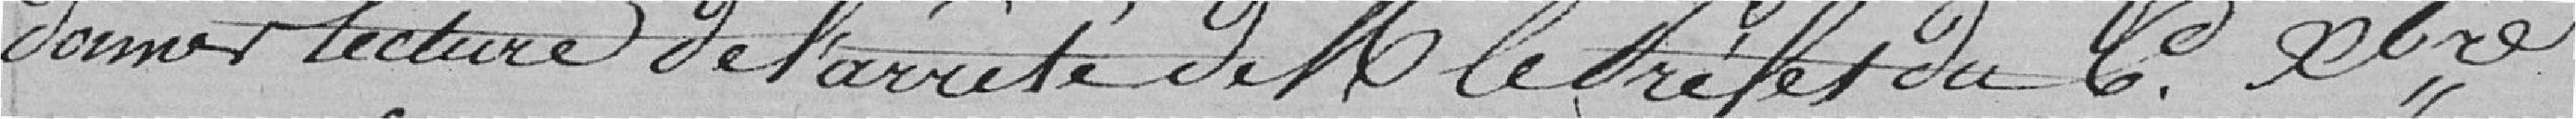
donner lecture de l'arrêté de Monsieur Le Préfet du 6 décembre